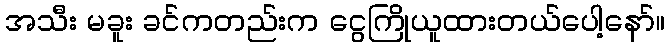
အသီး မခူး ခင်ကတည်းက ငွေကြိုယူထားတယ်ပေါ့နော်။